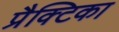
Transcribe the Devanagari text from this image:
प्रैक्टिका